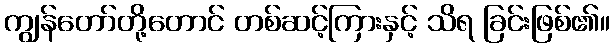
ကျွန်တော်တို့တောင် တစ်ဆင့်ကြားနှင့် သိရ ခြင်းဖြစ်၏။